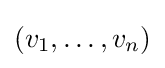
(v_{1},\dots ,v_{n})